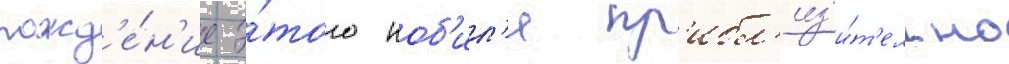
рожд'е́н'ие э́того ноб'ил'я пр'ибл'из'и́т'ельно